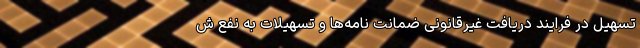
تسهیل در فرایند دریافت غیرقانونی ضمانت نامه‌ها و تسهیلات به نفع ش